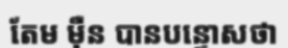
តែម ម៉ឺន បានបន្ទោសថា